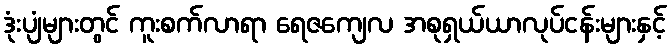
ဒုံးပျံများတွင် ကူးစက်လာရာ ရေဇကျေလ အစုရှယ်ယာလုပ်ငန်းများနှင့်